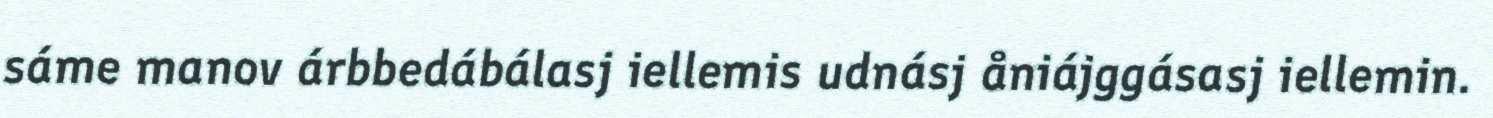
sáme manov árbbedábálasj iellemis udnásj åniájggásasj iellemin.